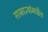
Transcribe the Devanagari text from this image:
साम्राज्यांमधील